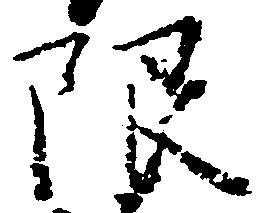
限